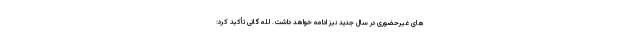
های غیرحضوری در سال جدید نیز ادامه خواهد داشت. لله گانی تأکید کرد: